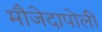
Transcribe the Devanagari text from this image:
मौजेदापोली